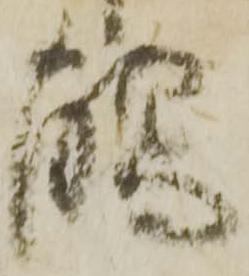
触